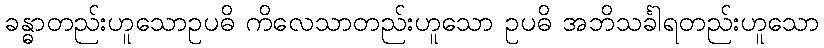
ခန္ဓာတည်းဟူသောဥပဓိ ကိလေသာတည်းဟူသော ဥပဓိ အဘိသင်္ခါရတည်းဟူသော